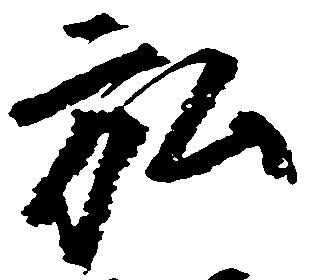
弘